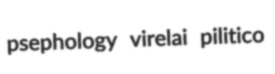
psephology virelai pilitico